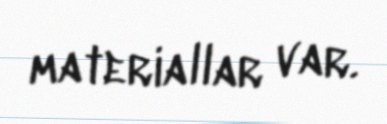
materiallar var.